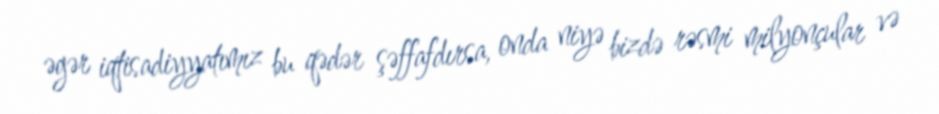
əgər iqtisadiyyatımız bu qədər şəffafdırsa, onda niyə bizdə rəsmi milyonçular və